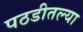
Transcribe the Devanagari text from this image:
पठडीतल्या